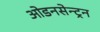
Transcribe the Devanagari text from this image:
ओडनसेन्ट्रन